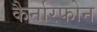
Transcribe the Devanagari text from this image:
कैर्नारफोन